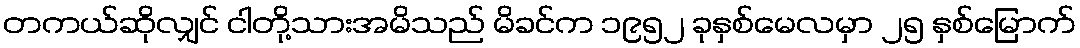
တကယ်ဆိုလျှင် ငါတို့သားအမိသည် မိခင်က ၁၉၅၂ ခုနှစ်မေလမှာ ၂၅ နှစ်မြောက်